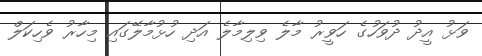
ވަޅު އީދު ދުވަހުގެ ހަވީރު މާލެ ވިލިމާލެ އަދި ހުޅުމާލޭގައި މިހާރު ވެހިކަލް